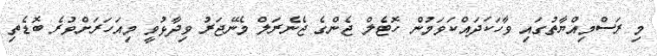
މި ރަސްމިއްޔާތުގައި ވާހަކަދައްކަވަމުން ހޮޓެލް ޖެންގެ ޖެނެރަލް މެނޭޖަރު ވިދާޅުވީ މިއަހަރަށްވުރެ ބޮޑެތި